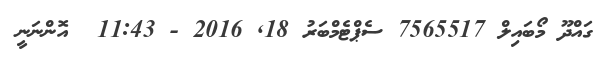
ގައްދޫ މޯބައިލް 7565517 ސެޕްޓެމްބަރު 18